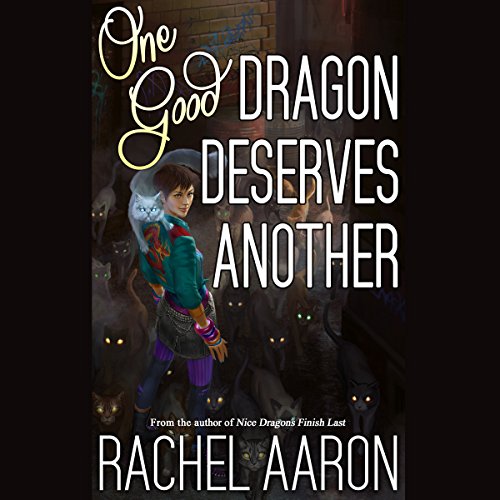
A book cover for One Good Dragon Deserves Another: Heartstrikers, Book 2; Rachel Aaron; Science Fiction & Fantasy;